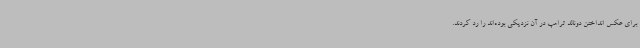
برای عکس انداختن دونالد ترامپ در آن نزدیکی بوده‌اند را رد کردند.